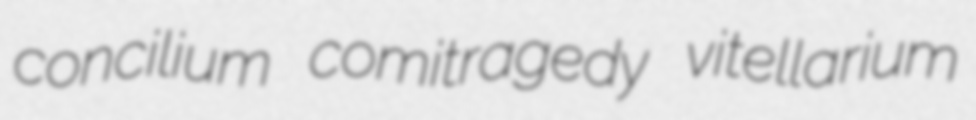
concilium comitragedy vitellarium